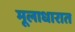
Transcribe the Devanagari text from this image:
मूलाधारात